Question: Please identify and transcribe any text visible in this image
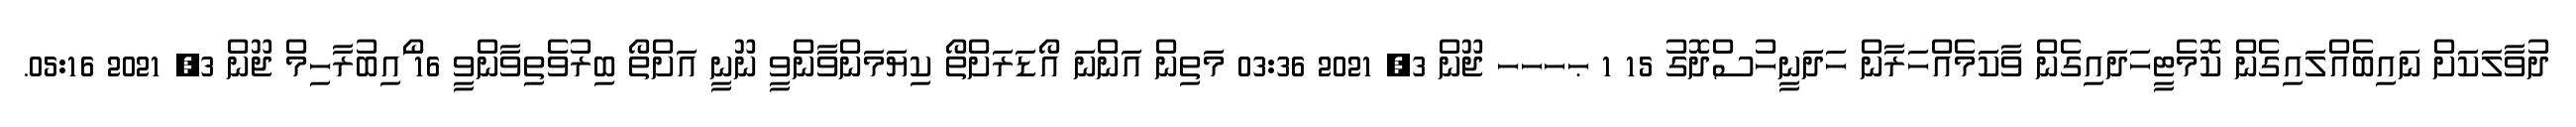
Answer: ދުވާލަކަށް ނައިބެއްލައިގެން ކޮމެޓީހަދައިގެން ވާކަމެއްހަރާން ހަދަނީހުސްދޮގު 15 1 ޙހހހ ޖޫން 3, 2021 03:36 މަތިން އަންނަ އޯޑަރަށްތޯ ކިޔަމަންވާންވީ ނޫނީ އަށްތޯ ބިރުވެތިވާންވީ 16 ޯައިބުރާހިމް ޖޫން 3, 2021 05:16.